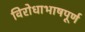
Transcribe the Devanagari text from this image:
विरोधाभाषपूर्ण